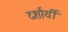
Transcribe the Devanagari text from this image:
दर्शायीं